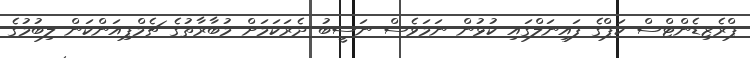
ޕްރެޒިޑެންޓްސް ކަޕްގެ ފައިނަލްގައި ކުޅުން ނަމަވެސް ނަސީބު ދެރަކަމަށް މުބާރާތުގެ ޗެމްޕިއަންކަން ލިބުމުގެ